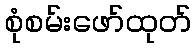
စုံစမ်းဖော်ထုတ်